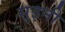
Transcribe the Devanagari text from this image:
सुइनी